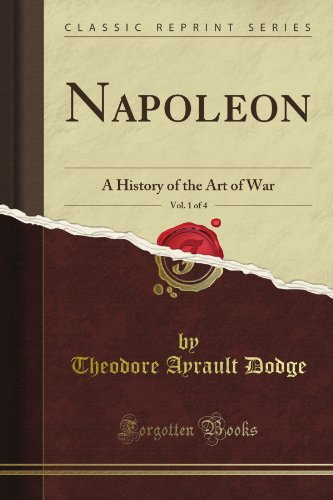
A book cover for Napoleon, Vol. 1 of 4: A History of the Art of War (Classic Reprint); Theodore Ayrault Dodge; History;